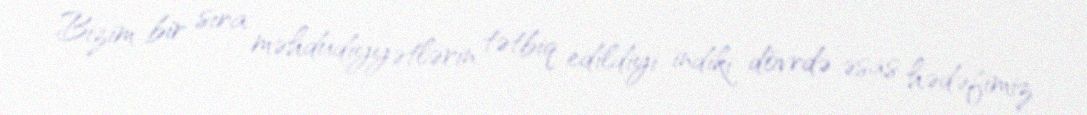
Bizim bir sıra məhdudiyyətlərin tətbiq edildiyi indiki dövrdə əsas hədəfimiz